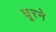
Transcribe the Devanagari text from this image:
घूरने